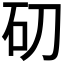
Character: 𥐛